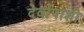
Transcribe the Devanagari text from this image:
देवांपाशी